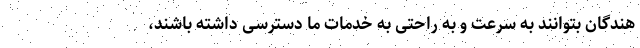
هندگان بتوانند به سرعت و به راحتی به خدمات ما دسترسی داشته باشند،